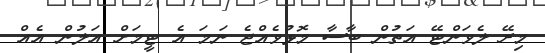
މިރޭ ލެވަންޓޭ އަތުން ބާސާ މޮޅުވެއްޖެ ނަމަ އެ ޓީމަށް އަލުން އެއް